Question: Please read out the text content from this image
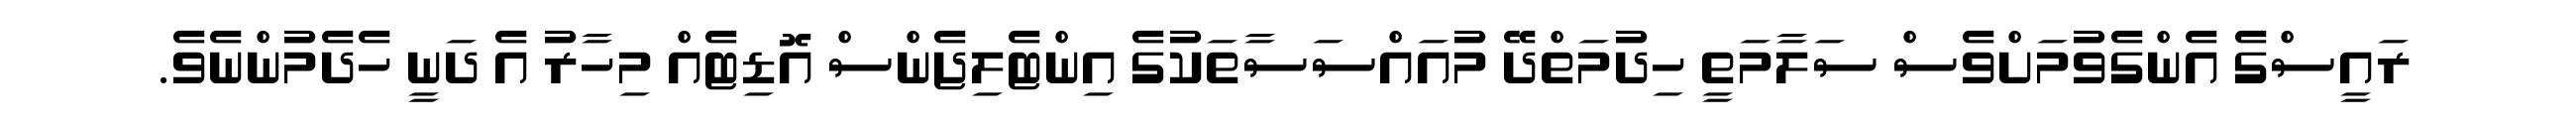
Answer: ރައީސްގެ އެންގެވުމަށްވެސް ސަލާމަތީ ހިދުމަތްދޭ މުއައްސަސާތަކުގެ އިންޓެލިޖެންސް އޮޑިޓެއް މިހާރު އެ ދަނީ ހެދެމުންނެވެ.